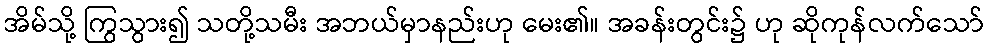
အိမ်သို့ ကြွသွား၍ သတို့သမီး အဘယ်မှာနည်းဟု မေး၏။ အခန်းတွင်း၌ ဟု ဆိုကုန်လက်သော်